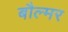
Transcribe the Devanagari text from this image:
बौल्मर